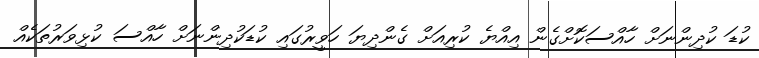
ކުޑަ ކުދިންނަށް ހާއްސަކޮށްގެން އިއްޔެ ކުރިއަށް ގެންދިޔަ ހަވީރުގައި ކުޑަކުދިންނަށް ހާއްސަ ކުޅިވަރުތަކެއް